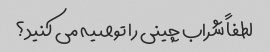
لطفاً شراب چینی را توصیه می کنید؟